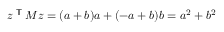
z ^ { \textsf { T } } M z = ( a + b ) a + ( - a + b ) b = a ^ { 2 } + b ^ { 2 }